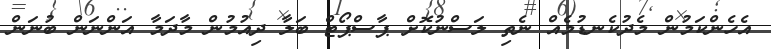
އެހެންކަމުން މެދުކެނޑުމެއް ނެތި ލަސްނުކޮށް ޕާސްޕޯޓް ބަލާ ދިއުމުން މާދަމާ އަންނަން ބުނަން